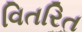
વિતરિત